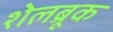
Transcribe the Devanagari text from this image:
शेलब्रूक